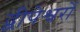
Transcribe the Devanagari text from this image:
द्वीपेश्वरों